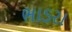
ભાડરા